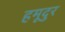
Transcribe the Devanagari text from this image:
हमूदुर